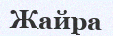
Жайра